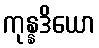
ကုန္နဒိယော